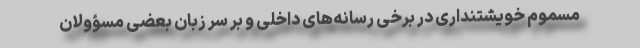
مسموم خویشتنداری در برخی رسانه‌های داخلی و بر سر زبان بعضی مسؤولان